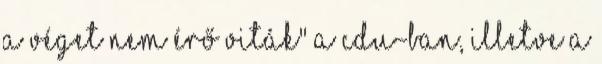
a véget nem érő viták" a CDU-ban, illetve a